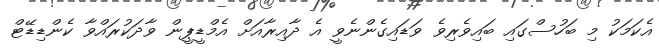
އެކަމަކު މި ބަހުސްގައި ބައިވެރިވެ ވަޑައިގެންނެވީ އެ ދާއިރާއަށް އެމްޑީޕީން ވާދަކުރައްވާ ކެންޑިޑޭޓް